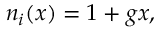
\begin{array} { r } { n _ { i } ( x ) = 1 + g x , } \end{array}